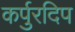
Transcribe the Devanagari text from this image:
कर्पुरदिप